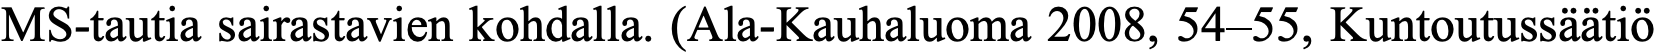
MS-tautia sairastavien kohdalla. (Ala-Kauhaluoma 2008, 54–55, Kuntoutussäätiö